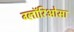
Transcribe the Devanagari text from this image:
ग्लॉरिओसा